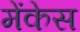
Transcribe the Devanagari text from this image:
मेंकेस